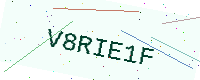
Text: V8RIE1F